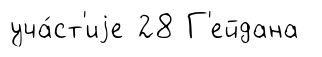
уча́ст'иjе 28 Г'ейдана